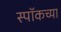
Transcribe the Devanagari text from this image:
स्पॉकच्या